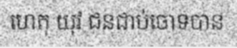
ហេតុ យុវ ជនជាប់ចោទបាន